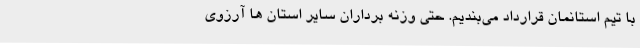
با تیم استانمان قرارداد می‌بندیم. حتی وزنه برداران سایر استان ها آرزوی